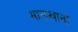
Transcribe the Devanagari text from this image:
मालखाना